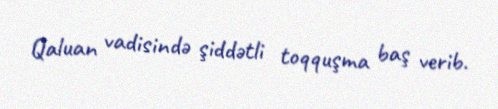
Qaluan vadisində şiddətli toqquşma baş verib.